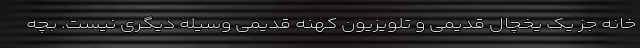
خانه جز یک یخچال قدیمی و تلویزیون کهنه قدیمی وسیله دیگری نیست. بچه